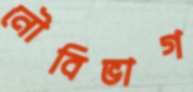
নৌবিভাগ